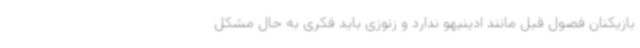
بازیکنان فصول قبل مانند ادینیهو ندارد و زنوزی باید فکری به حال مشکل